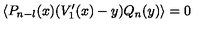
\left\langle P _ { n - l } ( x ) ( V _ { 1 } ^ { \prime } ( x ) - y ) Q _ { n } ( y ) \right\rangle = 0